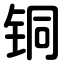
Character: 铜